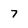
Character: 7